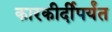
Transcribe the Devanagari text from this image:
कारकीर्दीपर्यंत